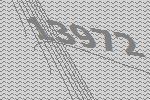
13972